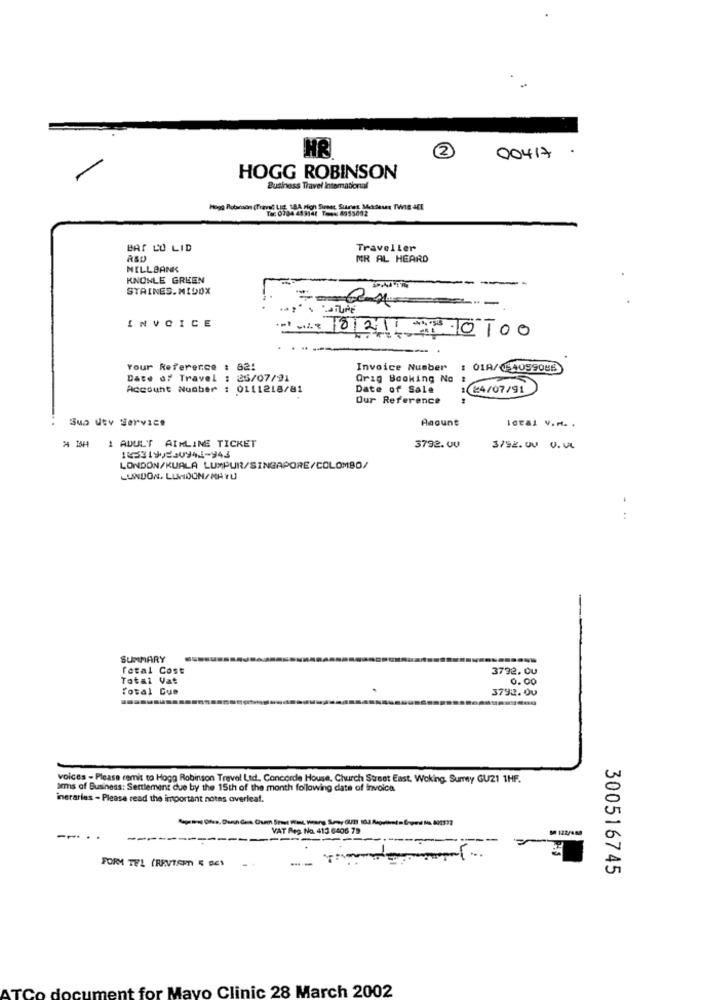
HR
2
.
00417
HOGG ROBINSON
Business Travel Intemational
BAS L'U LID
Traveller
R&D
MR AL HEARD
MELL BANK
KNOWLE GREEN
-
STAINES.MIDOX
INVOICE
+1 10100
---
Your Reference : 82!
Invoice Number
: 018/054099085
Date of Travel : 25/07/91
Orig Booking No
Account Number : 0111218/81
Date of Sale
:@4/07/91
Our Reference
Sua Utv Service
Amount
ICEal V.H. .
A BH
1 ADULT AIRLINE TICKET
3792. UU
3/92. 00 V.UL
1053199230941-943
LONDON/KUALA LUMPUR/SINGAPORE/COLOMBO/
LUNDON, LUMOON/MATU
:
SUMMARY
fetal Cost
3792.00
Total Vat
0.00
Total Cue
3792.00
voices - Please remit to Hogg Robinson Travel Ltd. Concorde House, Church Street East. Woking. Sumey GU21 1HF.
arms of Business: Settlement due by the 15th of the month following date of invoica
ineraries - Please read the important notes overleaf.
VAT Reg. No. 413 6406 79
--
FORM TEL (REVTARDI 5 DES
300516745
document for Mayo Clinic 28 March 2002
ATCO